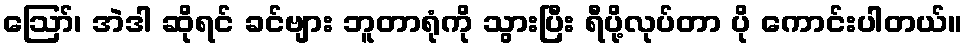
ဪ၊ အဲဒါ ဆိုရင် ခင်ဗျား ဘူတာရုံကို သွားပြီး ရီပို့လုပ်တာ ပို ကောင်းပါတယ်။